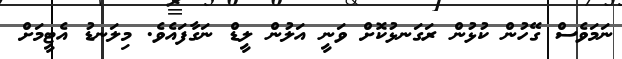
ނަމަވެސް ގޭހުން ކުޅުން ރަގަނޅުކޮށް ވަނީ އަލުން ލީޑް ނަގާފައެވެ. މިލަނޑު އެޓީމަށް